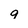
Character: 9